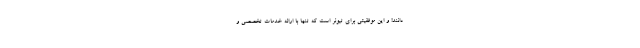
دانند! و این موفقیتی برای تیونر است که تنها با ارائه خدمات تخصصی و